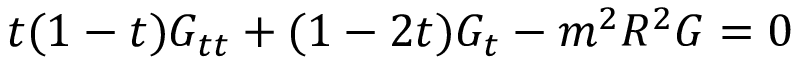
t ( 1 - t ) G _ { t t } + ( 1 - 2 t ) G _ { t } - m ^ { 2 } R ^ { 2 } G = 0